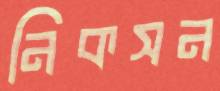
নিকসন